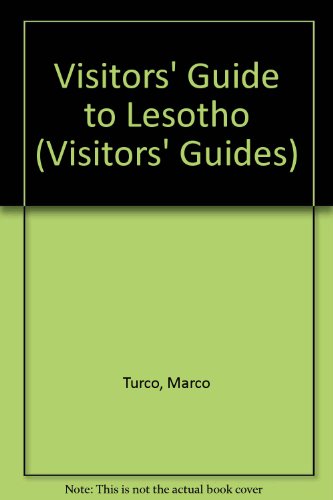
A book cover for Visitors' Guide to Lesotho: How to Get There, What to See, Where to Stay (Visitor's Guides); Marco Turco; Travel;